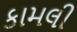
કામલી